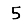
Digit: 5